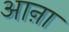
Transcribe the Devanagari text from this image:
आऩा